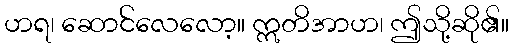
ဟရ၊ ဆောင်လေလော့။ ဣတိအာဟ၊ ဤသို့ဆို၏။